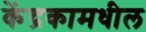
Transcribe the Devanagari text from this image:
केंद्रकामधील